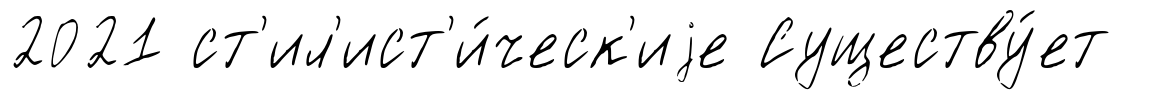
2021 ст'ил'ист'и́ческ'иjе Существу́ет